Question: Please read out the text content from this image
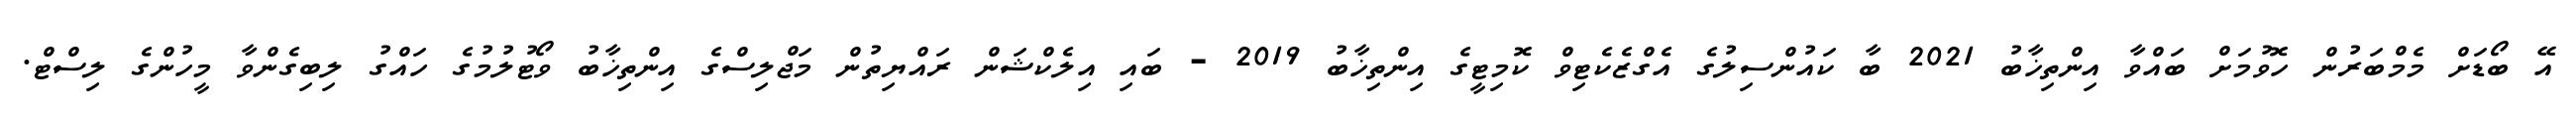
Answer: އޭ ބޯޑަށް މެމްބަރުން ހޮވުމަށް ބައްވާ އިންތިޚާބު 2021 ބާ ކައުންސިލުގެ އެގްޒެކެޓިވް ކޮމިޓީގެ އިންތިޚާބު 2019 - ބައި އިލެކްޝަން ރައްޔިތުން މަޖްލިސްގެ އިންތިޚާބު ވޯޓުލުމުގެ ހައްގު ލިބިގެންވާ މީހުންގެ ލިސްޓް.